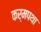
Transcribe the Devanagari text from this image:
कर्मपथा